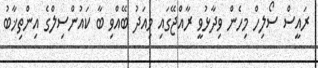
ރައީސް ސޯލިހް މިހެން ވިދާޅުވީ ރާއްޖޭގައި މިއަދު ބޭއްވި ބާ ކައުންސިލްގެ އިންތިޚާބު